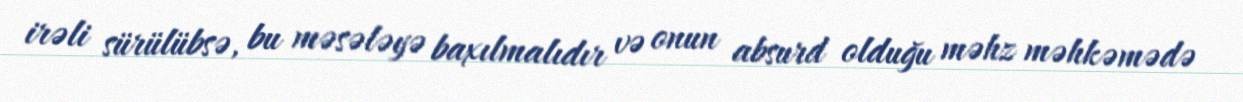
irəli sürülübsə, bu məsələyə baxılmalıdır və onun absurd olduğu məhz məhkəmədə